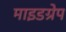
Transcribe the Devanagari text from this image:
माइडग्रेप